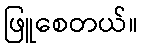
ဖြူစေတယ်။